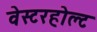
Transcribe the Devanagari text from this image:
वेस्टरहोल्ट